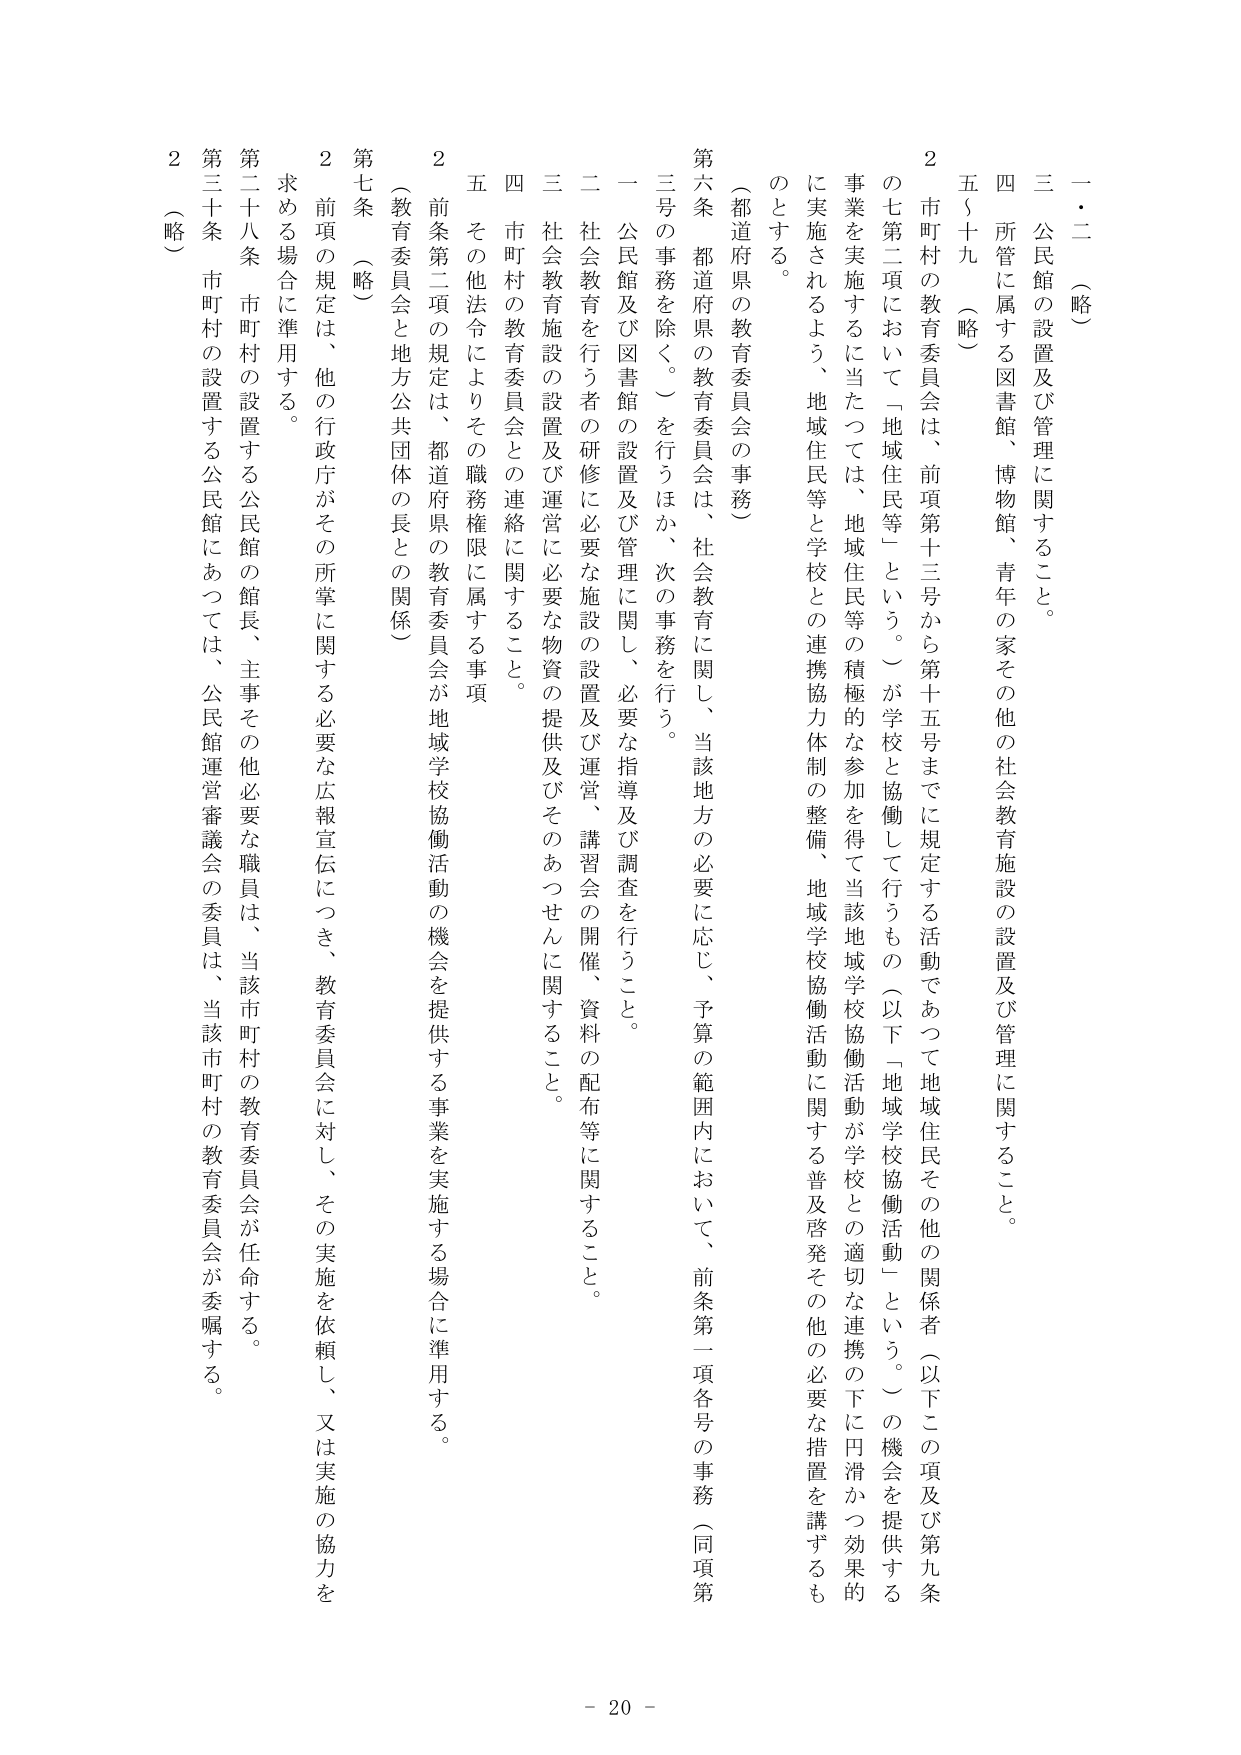
一・二（略）

三 公民館の設置及び管理に関すること。

四 所管に属する図書館、博物館、青年の家その他の社会教育施設の設置及び管理に関すること。

五～十九（略）

２ 市町村の教育委員会は、前項第十三号から第十五号までに規定する活動であって地域住民その他の関係者（以下この項及び第九条の七第二項において「地域住民等」という。）が学校と協働して行うもの（以下「地域学校協働活動」という。）の機会を提供する事業を実施するに当たっては、地域住民等の積極的な参加を得て当該地域学校協働活動が学校との適切な連携の下に円滑かつ効果的に実施されるよう、地域住民等と学校との連携協力体制の整備、地域学校協働活動に関する普及啓発その他の必要な措置を講ずるものとする。

（都道府県の教育委員会の事務）

第六条 都道府県の教育委員会は、社会教育に関し、当該地方の必要に応じ、予算の範囲内において、前条第一項各号の事務（同項第三号の事務を除く。）を行うほか、次の事務を行う。

一 公民館及び図書館の設置及び管理に関し、必要な指導及び調査を行うこと。

二 社会教育を行う者の研修に必要な施設の設置及び運営、講習会の開催、資料の配布等に関すること。

三 社会教育施設の設置及び運営に必要な物資の提供及びそのあつせんに関すること。

四 市町村の教育委員会との連絡に関すること。

五 その他法令によりその職務権限に属する事項。

２ 前条第二項の規定は、都道府県の教育委員会が地域学校協働活動の機会を提供する事業を実施する場合に準用する。

（教育委員会と地方公共団体の長との関係）

第七条（略）

２ 前項の規定は、他の行政庁がその所掌に関する必要な広報宣伝につき、教育委員会に対し、その実施を依頼し、又は実施の協力を求める場合に準用する。

第二十八条 市町村の設置する公民館の館長、主事その他必要な職員は、当該市町村の教育委員会が任命する。

第三十条 市町村の設置する公民館にあつては、公民館運営審議会の委員は、当該市町村の教育委員会が委嘱する。

２（略）

- 20 -